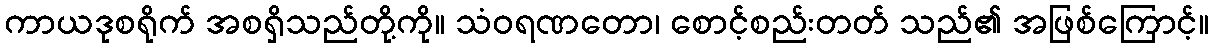
ကာယဒုစရိုက် အစရှိသည်တို့ကို။ သံဝရဏတော၊ စောင့်စည်းတတ် သည်၏ အဖြစ်ကြောင့်။